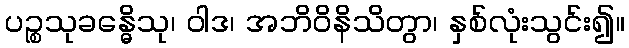
ပဉ္စသုခန္ဓေိသု၊ ဝါဒ၊ အဘိဝိနိသိတွာ၊ နှစ်လုံးသွင်း၍။